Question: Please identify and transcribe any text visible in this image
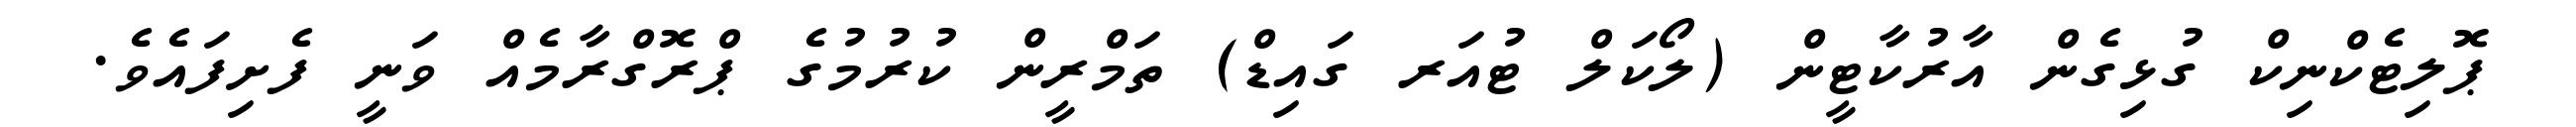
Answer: ޕޮލިޓެކްނިކް ގުޅިގެން އާރުކާޓީން (ލޯކަލް ޓުއަރ ގައިޑް) ތަމްރީން ކުރުމުގެ ޕްރޮގްރާމެއް ވަނީ ފެށިފައެވެ.